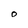
Character: O